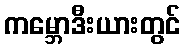
ကမ္ဘောဒီးယားတွင်